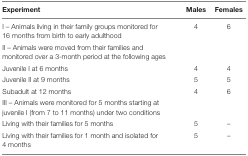
<table><thead><tr><td><b>Experiment</b></td><td><b>Males</b></td><td><b>Females</b></td></tr></thead><tbody><tr><td>I – Animals living in their family groups monitored for 16 months from birth to early adulthood</td><td>4</td><td>6</td></tr><tr><td>II – Animals were moved from their families and monitored over a 3-month period at the following ages</td><td></td><td></td></tr><tr><td>Juvenile I at 6 months</td><td>4</td><td>4</td></tr><tr><td>Juvenile II at 9 months</td><td>5</td><td>5</td></tr><tr><td>Subadult at 12 months</td><td>4</td><td>6</td></tr><tr><td>III – Animals were monitored for 5 months starting at juvenile I (from 7 to 11 months) under two conditions</td><td></td><td></td></tr><tr><td>Living with their families for 5 months</td><td>5</td><td>–</td></tr><tr><td>Living with their families for 1 month and isolated for 4 months</td><td>5</td><td>–</td></tr></tbody></table>